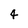
Character: 4